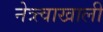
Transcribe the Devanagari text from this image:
नेत्र्त्वाखाली